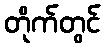
တိုက်တွင်